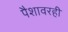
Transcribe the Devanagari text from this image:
पैशावरही